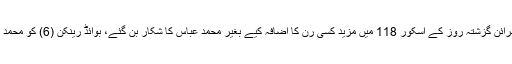
کھیل کے آخری روز آئر لینڈ نے 7 وکٹ پر 319 رنز سے اپنی دوسری اننگز کا دوبارہ آغاز کیا تو کیون اوبرائن گزشتہ روز کے اسکور 118 میں مزید کسی رن کا اضافہ کیے بغیر محمد عباس کا شکار بن گئے، بوائڈ رینکن (6) کو محمد عباس نے بولڈ کر دیا، آخری وکٹ ٹائرون کین کی گری انہوں نے96 گیندیں کھیل کر صرف 14 رنز بنائے۔